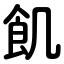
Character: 飢